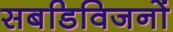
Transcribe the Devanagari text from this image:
सबडिविजनों